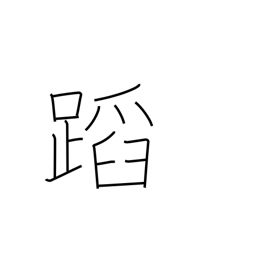
Meaning: appraise